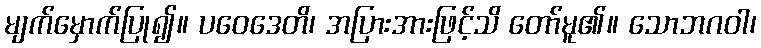
မျက်မှောက်ပြု၍။ ပဝေဒေတိ၊ အပြားအားဖြင့်သိ တော်မူ၏။ သောဘဂဝါ၊